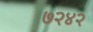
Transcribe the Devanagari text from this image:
७२४२